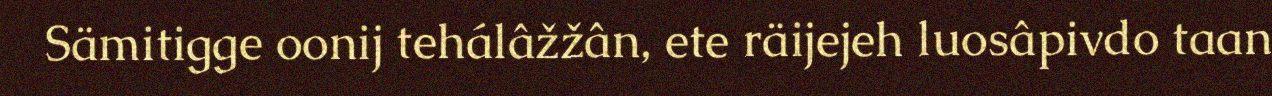
Sämitigge oonij tehálâžžân, ete räijejeh luosâpivdo taan